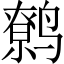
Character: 鹩